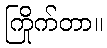
ကြိုက်တာ။